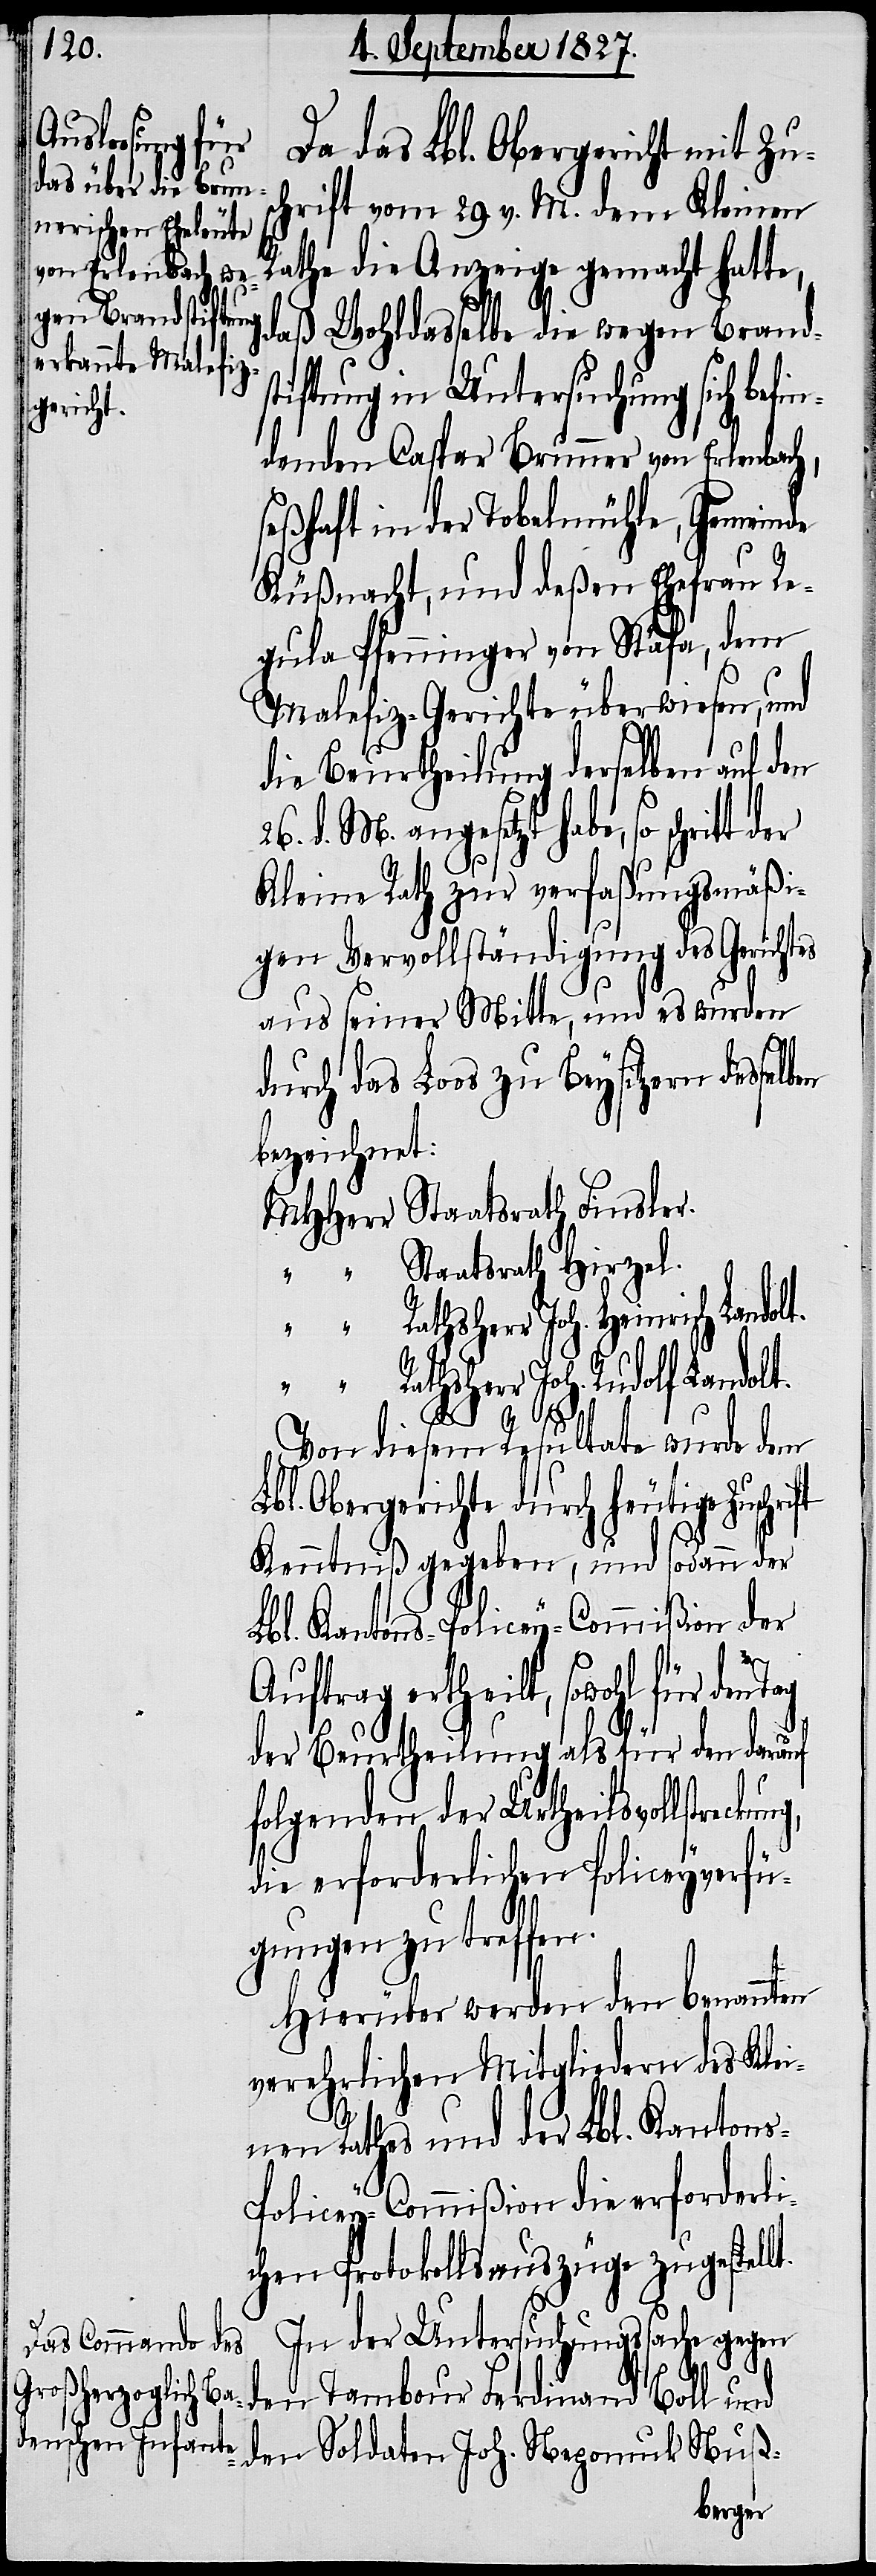
Da das Lbl. Obergericht mit Zu¬
hrift vom 29. v. M. dem Kleinen
Rathe die Anzeige gemacht hatte,
ß Wohldasselbe die wegen Brand¬
lt.
stiftung in Untersuchung sich befi¬
ndenden Capsar Brunner von Erlenbach,
seßhaft in der Tobelmühle, Gemeinde
Küßnacht, und deßen Ehefrau Re¬
gula Pfenninger von Stäfa, dem
Malefiz-Gerichte überwiesen, und
die Beurtheilung derselben auf den
d. M. angesetzt habe, so schrit¬
Kleine Rath zur verfaßungsmäßi¬
gen Vervollständigung des Gerichtes
aus seiner Mitte, und es wurden
durch das Loos zu Beysitzern desselb¬
bezeichnet:
MHHerr Staatsrath Finsler.
“ Staatsrath Hirzel.
“ Rathsherr Joh. Heinrich Landolt.
“ Rathsherr Joh. Rudolf Landolt.
Von diesem Resultate wurde dem
Lbl. Obergerichte durch heutige Zuschri¬
Kenntniß gegeben, und sodann der
Lbl. Kantons-Policey-Commißion der
s-P¬
Auftrag ertheilt,
der Beurtheilung als für den darauf
folgenden der Urtheilsvollstrec¬
die erforderlichen Policeyverfü¬
gungen zu treffen.
Hierüber werden den benannten
verehrlichen Mitgliedern des Klei¬
nen Rathes und der Lbl. Kanton¬
olicey-Commißion die erforderli¬
chen Protokollsauszüge zugestel¬
In der Untersuchungssache gegen
den Tambour Ferdinand Boll und
den Soldaten Joh. Nepomuk Nuß-